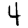
Digit: 4